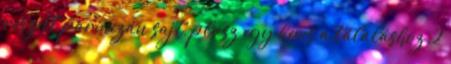
reszelt parmezán sajt, plusz egy kevés a tálaláshoz 2